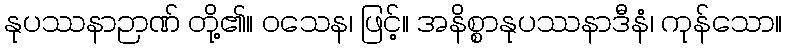
နုပဿနာဉာဏ် တို့၏။ ဝသေန၊ ဖြင့်။ အနိစ္စာနုပဿနာဒီနံ၊ ကုန်သော။